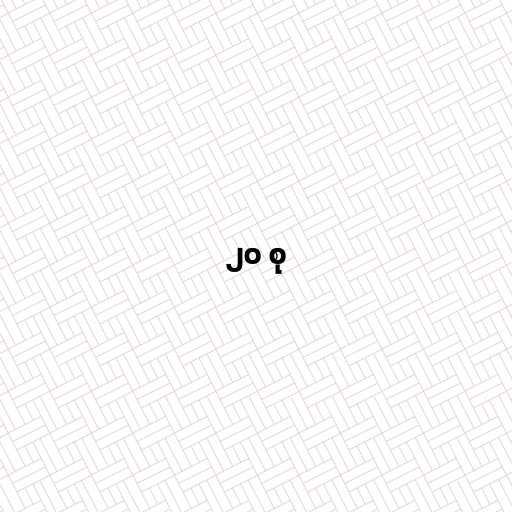
၂၀ စု